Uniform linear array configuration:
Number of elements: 48
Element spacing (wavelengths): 1
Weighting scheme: blackman
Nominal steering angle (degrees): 30
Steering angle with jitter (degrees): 29.73
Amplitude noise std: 0.05
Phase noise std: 0.05

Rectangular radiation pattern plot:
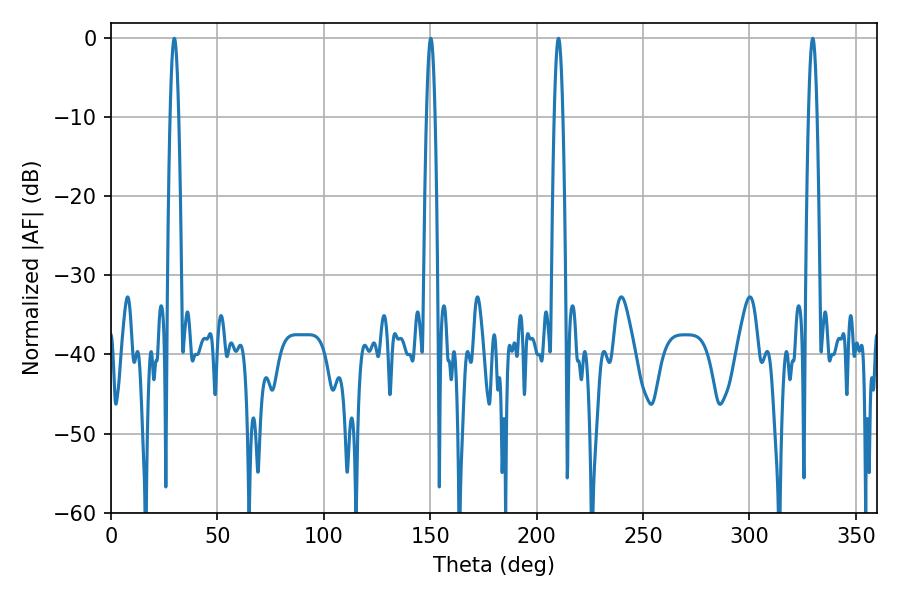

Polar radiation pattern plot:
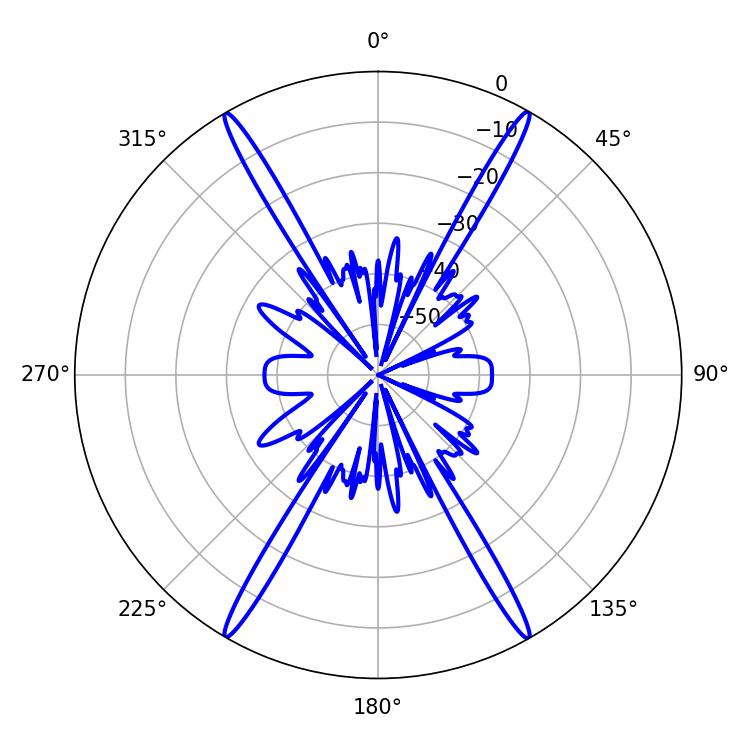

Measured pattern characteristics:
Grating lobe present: TRUE
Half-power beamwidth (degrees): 2.16
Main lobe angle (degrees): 329.76